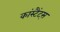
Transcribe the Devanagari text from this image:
कांस्टैंट्स